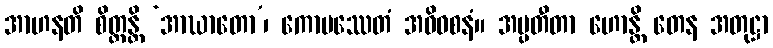
အာဟနတိ စိတ္တန္တိ ‘အာဃာတော’၊ ကောပဿေတံ အဓိဝစနံ။ အပ္ပတီတာ ဟောန္တိ တေန အတုဋ္ဌာ